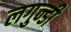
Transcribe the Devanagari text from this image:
लगुन्डी